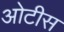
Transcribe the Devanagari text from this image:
ओटीस